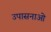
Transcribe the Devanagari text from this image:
उपासनाओ